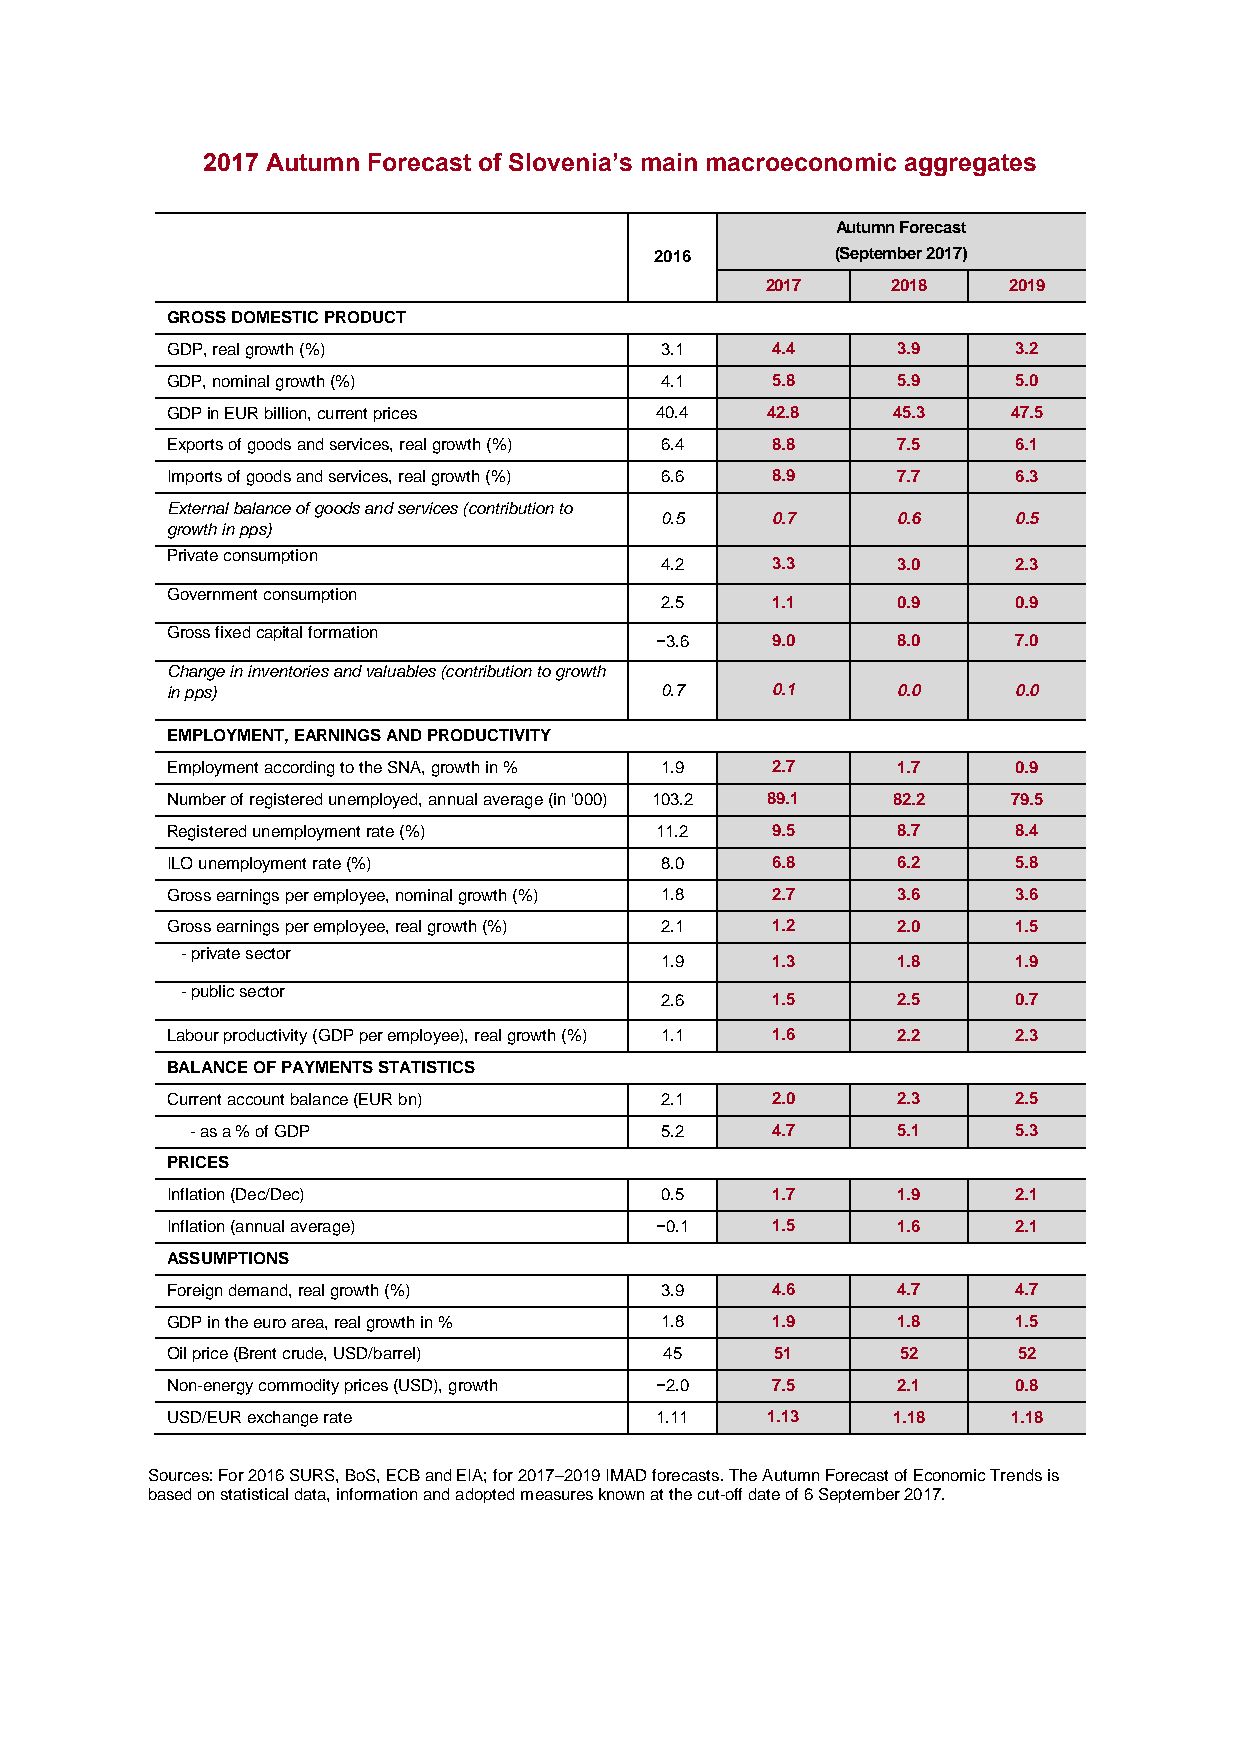
2017 Autumn Forecast of Slovenia’s main macroeconomic aggregates
 Autumn Forecast
 2016        (September 2017)
 2017    2018    2019
 GROSS DOMESTIC PRODUCT
 GDP, real growth (%)             3.1    4.4     3.9     3.2
 GDP, nominal growth (%)          4.1    5.8     5.9     5.0
 GDP in EUR billion, current prices 40.4 42.8    45.3    47.5
 Exports of goods and services, real growth (%) 6.4 8.8 7.5 6.1
 Imports of goods and services, real growth (%) 6.6 8.9 7.7 6.3
 External balance of goods and services (contribution to
 0.5    0.7     0.6     0.5
 growth in pps)
 Private consumption
 4.2    3.3     3.0     2.3
 Government consumption
 2.5    1.1     0.9     0.9
 Gross fixed capital formation
 −3.6    9.0     8.0     7.0
 Change in inventories and valuables (contribution to growth
 in pps)                          0.7    0.1     0.0     0.0
 EMPLOYMENT, EARNINGS AND PRODUCTIVITY
 Employment according to the SNA, growth in % 1.9 2.7 1.7 0.9
 Number of registered unemployed, annual average (in '000) 103.2 89.1 82.2 79.5
 Registered unemployment rate (%) 11.2   9.5     8.7     8.4
 ILO unemployment rate (%)        8.0    6.8     6.2     5.8
 Gross earnings per employee, nominal growth (%) 1.8 2.7 3.6 3.6
 Gross earnings per employee, real growth (%) 2.1 1.2 2.0 1.5
 - private sector
 1.9    1.3     1.8     1.9
 - public sector
 2.6    1.5     2.5     0.7
 Labour productivity (GDP per employee), real growth (%) 1.1 1.6 2.2 2.3
 BALANCE OF PAYMENTS STATISTICS
 Current account balance (EUR bn) 2.1    2.0     2.3     2.5
 - as a % of GDP                5.2    4.7     5.1     5.3
 PRICES
 Inflation (Dec/Dec)              0.5    1.7     1.9     2.1
 Inflation (annual average)      −0.1    1.5     1.6     2.1
 ASSUMPTIONS
 Foreign demand, real growth (%)  3.9    4.6     4.7     4.7
 GDP in the euro area, real growth in % 1.8 1.9  1.8     1.5
 Oil price (Brent crude, USD/barrel) 45  51       52     52
 Non-energy commodity prices (USD), growth −2.0 7.5 2.1  0.8
 USD/EUR exchange rate           1.11    1.13    1.18    1.18
 Sources: For 2016 SURS, BoS, ECB and EIA; for 2017–2019 IMAD forecasts. The Autumn Forecast of Economic Trends is
 based on statistical data, information and adopted measures known at the cut-off date of 6 September 2017.